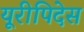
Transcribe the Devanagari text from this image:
यूरीपिदेस